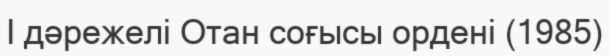
I дәрежелі Отан соғысы ордені (1985)